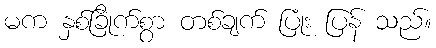
မက နှစ်ခြိုက်စွာ တစ်ချက် ပြုံး ပြန် သည်။